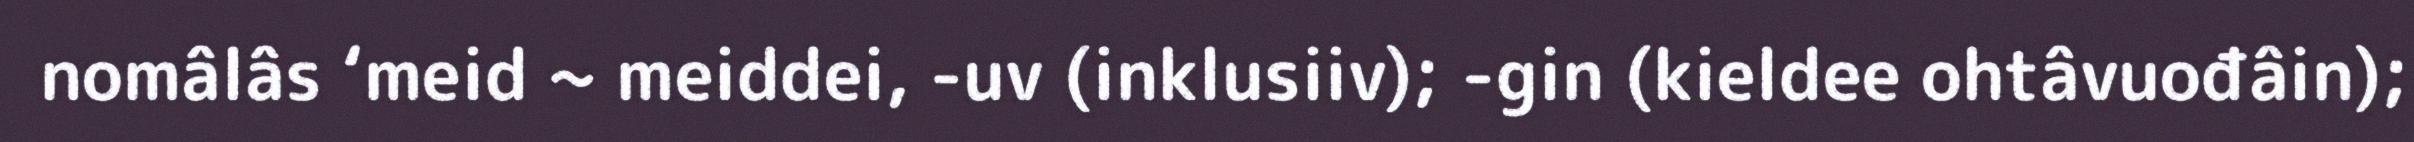
nomâlâs ‘meid ~ meiddei, -uv (inklusiiv); -gin (kieldee ohtâvuođâin);